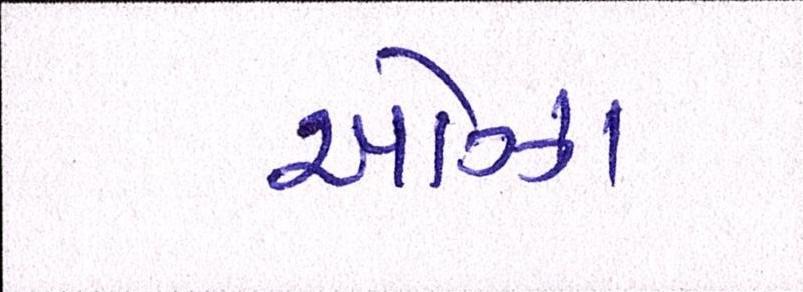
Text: ઓઝા